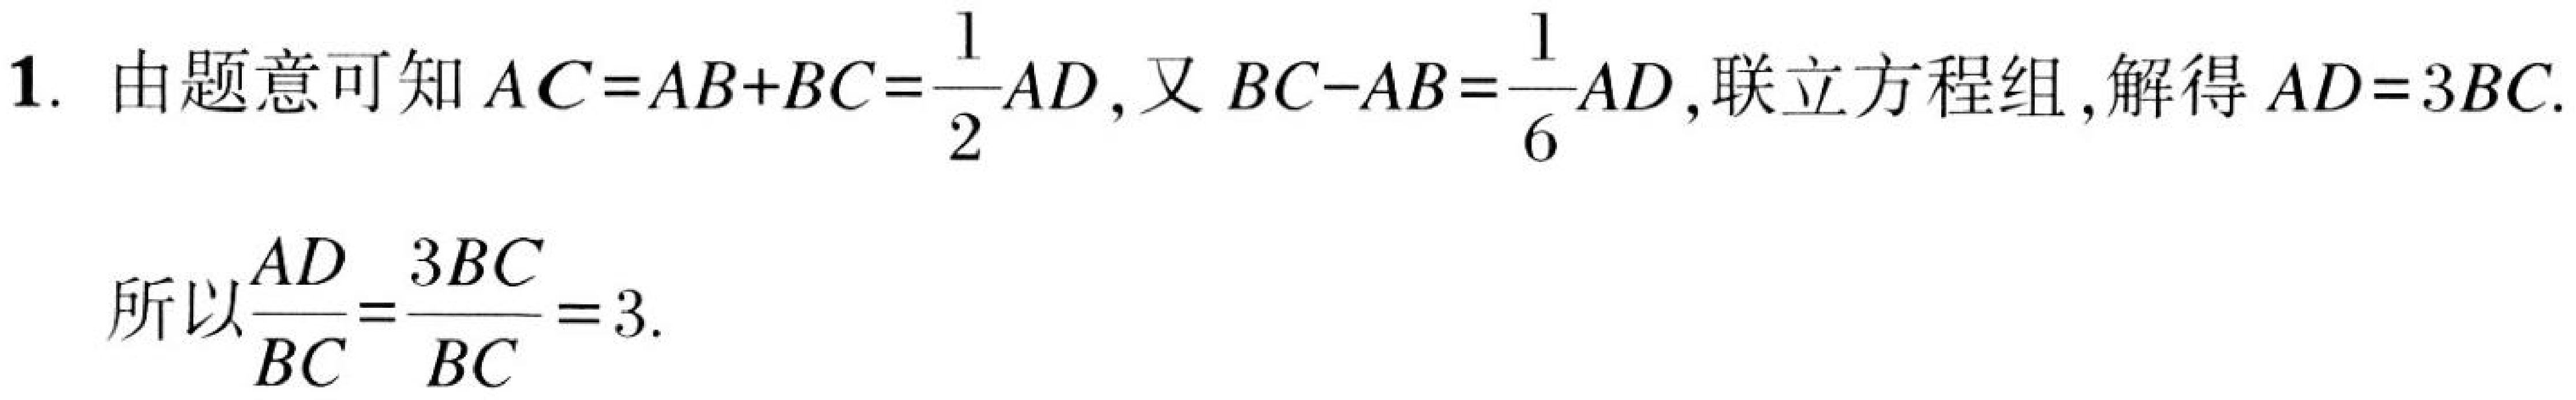
1. 由题意可知\(AC = AB + BC=\frac{1}{2}AD\)，又\(BC - AB=\frac{1}{6}AD\)，联立方程组，解得\(AD = 3BC\).
所以\(\frac{AD}{BC}=\frac{3BC}{BC}=3\).